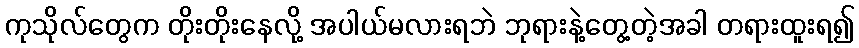
ကုသိုလ်တွေက တိုးတိုးနေလို့ အပါယ်မလားရဘဲ ဘုရားနဲ့တွေ့တဲ့အခါ တရားထူးရ၍